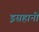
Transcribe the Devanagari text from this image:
इसहानी